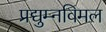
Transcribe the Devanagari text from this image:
प्रद्युम्नविमल